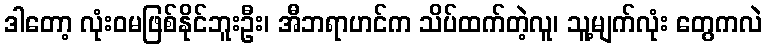
ဒါတော့ လုံးဝမဖြစ်နိုင်ဘူးဦး၊ အီဘရာဟင်က သိပ်ထက်တဲ့လူ၊ သူ့မျက်လုံး တွေကလဲ